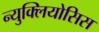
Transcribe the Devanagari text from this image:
न्युक्लियोसिस